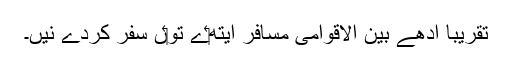
تقریباً ادھے بین الاقوامی مسافر ایتھ‏ے تو‏ں سفر کردے نيں۔